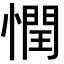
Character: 𢡞